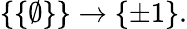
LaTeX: \{ \{ \emptyset\} \} \to\{ \pm 1\} .